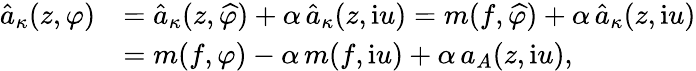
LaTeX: \begin{array}{rl}{\hat{a}_{\kappa}(z,\varphi)}&{=\hat{a}_{\kappa}(z,\widehat{\varphi})+\alpha\, \hat{a}_{\kappa}(z,\mathrm{i}u)=m(f,\widehat{\varphi})+\alpha\, \hat{a}_{\kappa}(z,\mathrm{i}u)}\\ &{=m(f,\varphi)-\alpha\, m(f,\mathrm{i}u)+\alpha\, a_{A}(z,\mathrm{i}u),}\end{array}